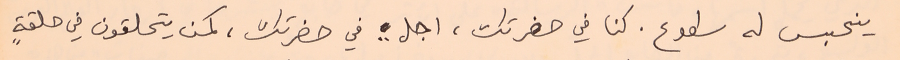
ينحبس له سطوع. كنا في حضرتك، اجل .. في حضرتك، كمن يتحلقون في حلقةٍ